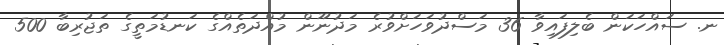
ނ. ސައްހަކަން ބެލިފައިވާ 36 މަސްދުވަހަށްވުރެ މަދުނޫން މުއްދަތެއްގެ ކަނޑުމަތީގެ ތަޖުރިބާ 500